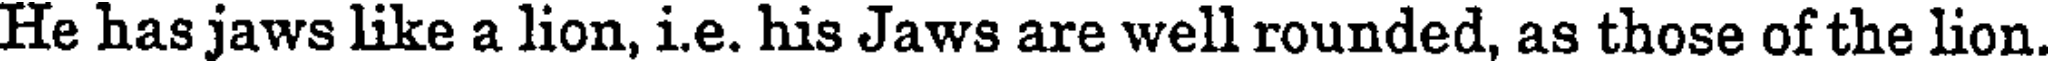
He has jaws like a lion, i.e. his Jaws are well rounded, as those of the lion.